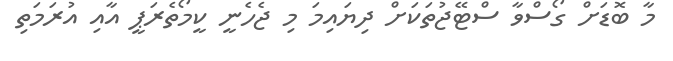
މާ ބޮޑަށް ގޯސްވާ ސްޓޭޖުތަކަށް ދިޔައިމަ މި ޖެހެނީ ކީމޯތެރަޕީ އާއި އުރަމަތި